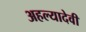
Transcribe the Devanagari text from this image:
अहल्यादेवी